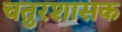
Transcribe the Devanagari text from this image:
चतुरशासक